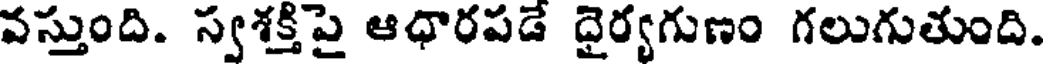
వస్తుంది. స్వశక్తిపై ఆధారపడే దైర్యగుణం గలుగుతుంది.